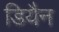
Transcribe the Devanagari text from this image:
डियैन